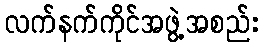
လက်နက်ကိုင်အဖွဲ့အစည်း